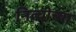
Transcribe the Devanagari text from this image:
नित्चीच्या